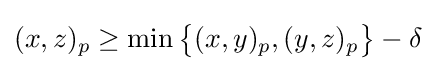
(x,z)_{p}\geq \min {\big \{}(x,y)_{p},(y,z)_{p}{\big \}}-\delta